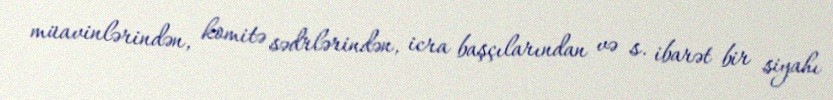
müavinlərindən, komitə sədrlərindən, icra başçılarından və s. ibarət bir siyahı